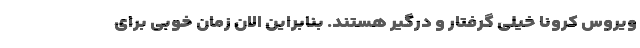
ویروس کرونا خیلی گرفتار و درگیر هستند. بنابراین الان زمان خوبی برای